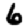
Digit: 6